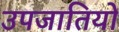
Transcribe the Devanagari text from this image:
उपजातियो